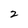
Character: 2